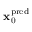
\mathbf { x } _ { 0 } ^ { \mathrm { p r e d } }